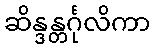
ဆိန္ဒန္တင်္ဂုလိကာ